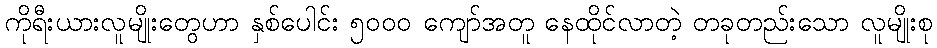
ကိုရီးယားလူမျိုးတွေဟာ နှစ်ပေါင်း ၅၀၀၀ ကျော်အတူ နေထိုင်လာတဲ့ တခုတည်းသော လူမျိုးစု